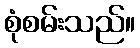
စုံစမ်းသည်။